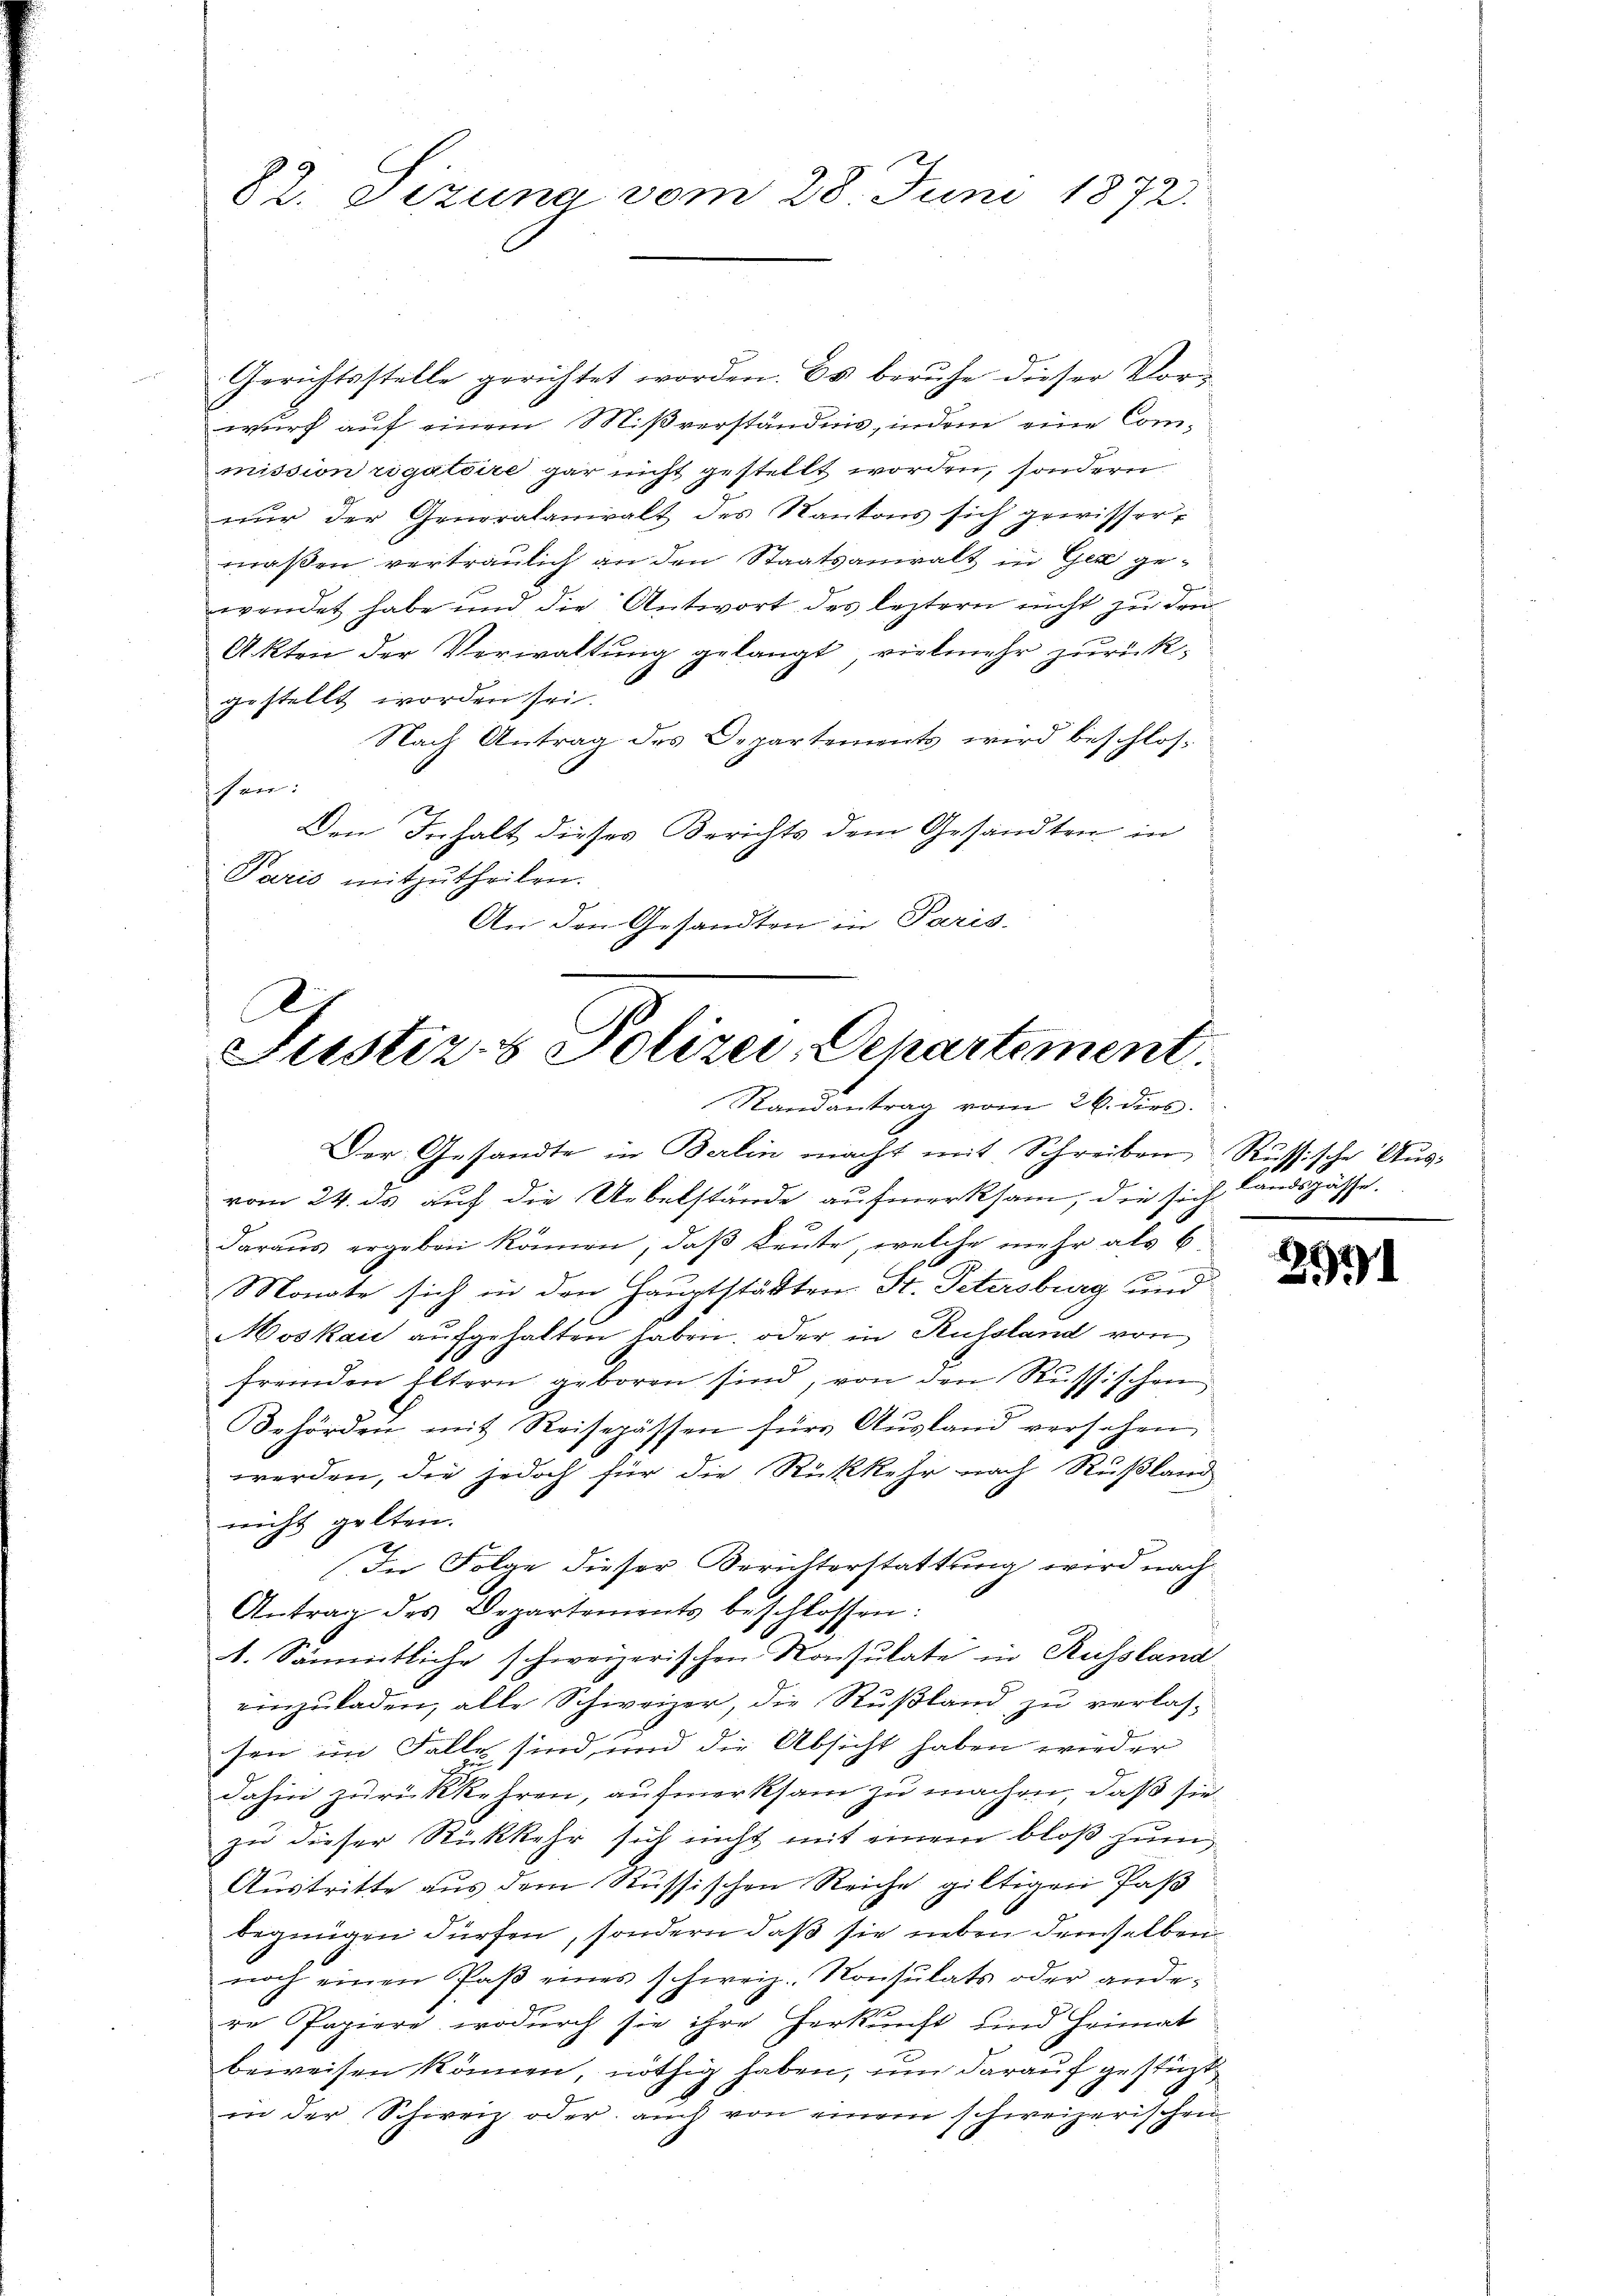
82. Sizung vom 28. Juni 1872.

Gerichtsstelle gerichtet worden. Es beruhe dieser Vorwurf auf einem Mißverständnis, indem eine Commission rigatoire gar nicht gestellt worden, sondern
nŭr der Generalaniralt des Kantons sich gewissermaßen vertraulich an den Staatsanwalt in Gez gewendet habe und die Antwort des leztern nicht zu drei
Akten der Verwaltung gelangt, vielmehr zurückgestellt worden sei.
Nach Antrag des Departements wird beschloshen:
Den Inhalt dieses Berichts dem Gesandten in
Paris mitzutheilen.
An den Gesandten in Paris.

C
Justiz- & Polizei, Departement.
Randantrag vom 26. dies

Der Gesandte in Berlin macht mit Schreiben, Russische Ausvom 24. ds auf die Uebelstände aufmerksam, die sich landsgasse.
daraus ergeben können, daß Leute, welche mehr als 6:
Monate sich in den Hauptstätten St. Petersburg und
Moskau aufgehalten haben, oder in Russland von
fremden Eltern geboren sind, von den Russischen
Behörden mit Reisepässen für Aŭsland versehen
werden, die jedoch für die Rückkehr nach Rußland
nicht gelten.
In Folge dieser Berichterstattung wird nach
Antrag des Departements beschlossen:
1. Sämmtliche schweizerischen Konsulate in Russland
einzŭladen, alle Schweizer, die Rußland zu verlas-
sen im Falle sind, und die Absicht haben wieder
dahin zurückkehren, aufmerksam zu machen, daß sie
zu dieser Rückkehr sich nicht mit einem bloß zum
Austritte aus dem Russischen Reiche giltigen Paß
begnügen dürfen, sondern daß sie neben demselben
noch einen Paβ eines schweiz. Konsulats oder ande-
re Papiere, wodurch sie ihre Herkunft sind Heimat
beweisen können, nöthig haben, um darauf gestüzt
in der Schweiz oder auch von einem schweizerischen

2991